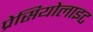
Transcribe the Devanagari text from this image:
प्रेसियोलाइट